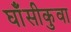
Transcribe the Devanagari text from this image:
घाँसीकुवा